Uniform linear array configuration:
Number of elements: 16
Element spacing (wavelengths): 1
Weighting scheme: exponential
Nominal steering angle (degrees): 30
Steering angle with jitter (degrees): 30.246
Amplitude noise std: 0.05
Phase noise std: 0.05

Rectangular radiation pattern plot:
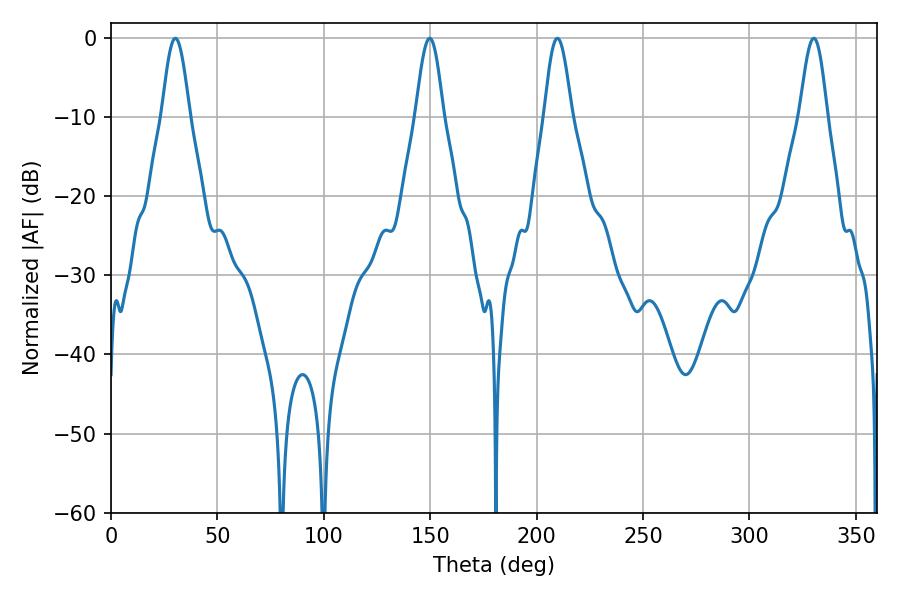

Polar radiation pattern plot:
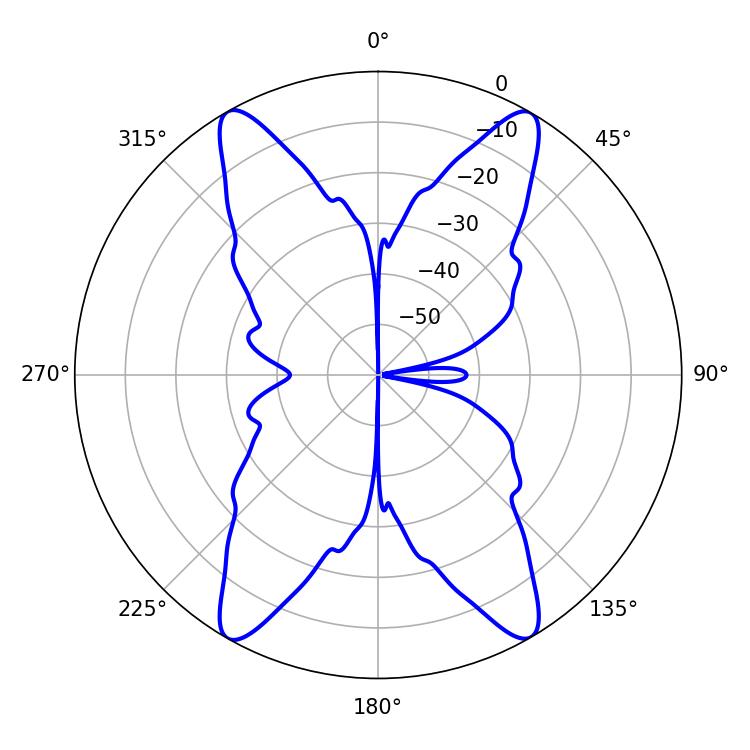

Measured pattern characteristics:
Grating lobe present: TRUE
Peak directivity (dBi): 33.535
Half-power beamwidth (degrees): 7.02
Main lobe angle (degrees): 149.76